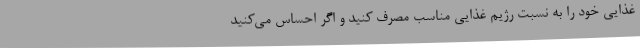
غذایی خود را به نسبت رژیم غذایی مناسب مصرف کنید و اگر احساس می‌کنید